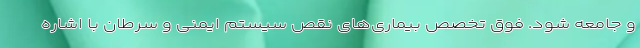
و جامعه شود. فوق تخصص بیماری‌های نقص سیستم ایمنی و سرطان با اشاره